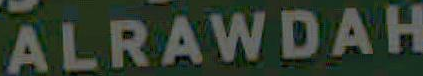
ALRAWDAH